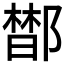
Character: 𰻼